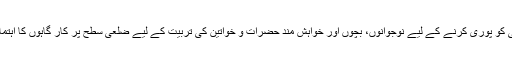
اس کمی کو پوری کرنے کے لیے نوجوانوں، بچوں اور خواہش مند حضرات و خواتین کی تربیت کے لیے ضلعی سطح پر کار گاہوں کا اہتمام ہو گا۔